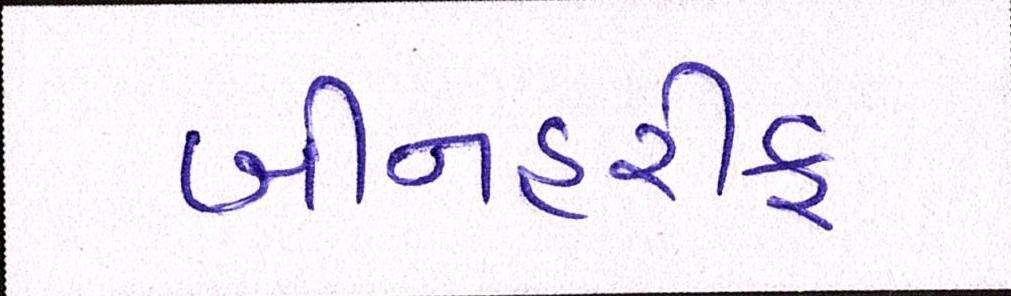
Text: બીનહરીફ